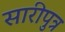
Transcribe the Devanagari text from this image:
सारीपुत्र